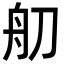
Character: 舠